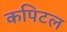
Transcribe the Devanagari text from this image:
कपिटल